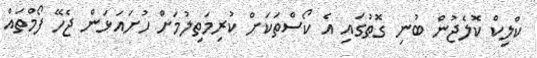
ކްލިކް ކޮލެޖުން ބުނި ގޮތުގައި އެ ކޯސްތަކަށް ކުރިމަތިލުމަށް ހުށައަޅަން ޖެހޭ ފޯމްތައް